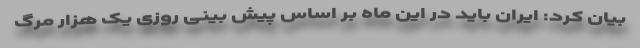
بیان کرد: ایران باید در این ماه بر اساس پیش بینی روزی یک هزار مرگ